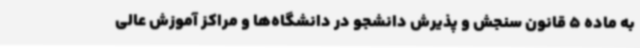
به ماده 5 قانون سنجش و پذیرش دانشجو در دانشگاه‌ها و مراکز آموزش عالی